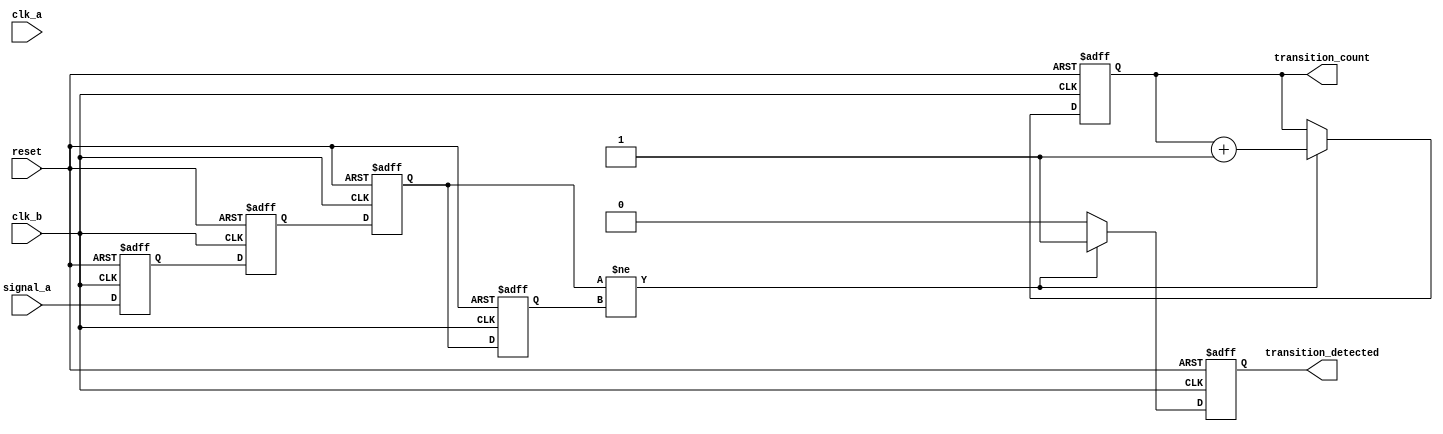
module cdc_detector (
    input wire signal_a,       // Signal from clock domain A
    input wire clk_a,         // Clock signal for domain A
    input wire clk_b,         // Clock signal for domain B
    input wire reset,         // Synchronous reset
    output reg transition_detected,  // Indicates if a transition has been detected
    output reg [31:0] transition_count // Counter for detected transitions
);

// Internal signals
reg signal_a_sync1, signal_a_sync2; // Synchronized signals
reg signal_a_prev; // Previous state of signal_a
reg signal_a_current; // Current sampled value of signal_a

// Synchronizer for signal_a
always @(posedge clk_b or posedge reset) begin
    if (reset) begin
        signal_a_sync1 <= 1'b0;
        signal_a_sync2 <= 1'b0;
    end else begin
        signal_a_sync1 <= signal_a; // First stage of synchronization
        signal_a_sync2 <= signal_a_sync1; // Second stage of synchronization
    end
end

// Sampling the synchronized signal on clk_b
always @(posedge clk_b or posedge reset) begin
    if (reset) begin
        signal_a_prev <= 1'b0;
        signal_a_current <= 1'b0;
        transition_detected <= 1'b0;
        transition_count <= 32'b0;
    end else begin
        signal_a_prev <= signal_a_current; // Store previous state
        signal_a_current <= signal_a_sync2; // Capture the synchronized signal

        // Edge detection logic
        if (signal_a_current != signal_a_prev) begin
            transition_detected <= 1'b1; // Transition detected
            transition_count <= transition_count + 1; // Increment transition count
        end else begin
            transition_detected <= 1'b0; // No transition
        end
    end
end

endmodule